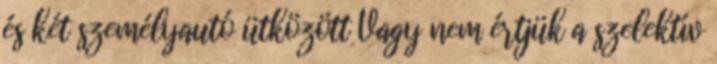
és két személyautó ütközött Vagy nem értjük a szelektív